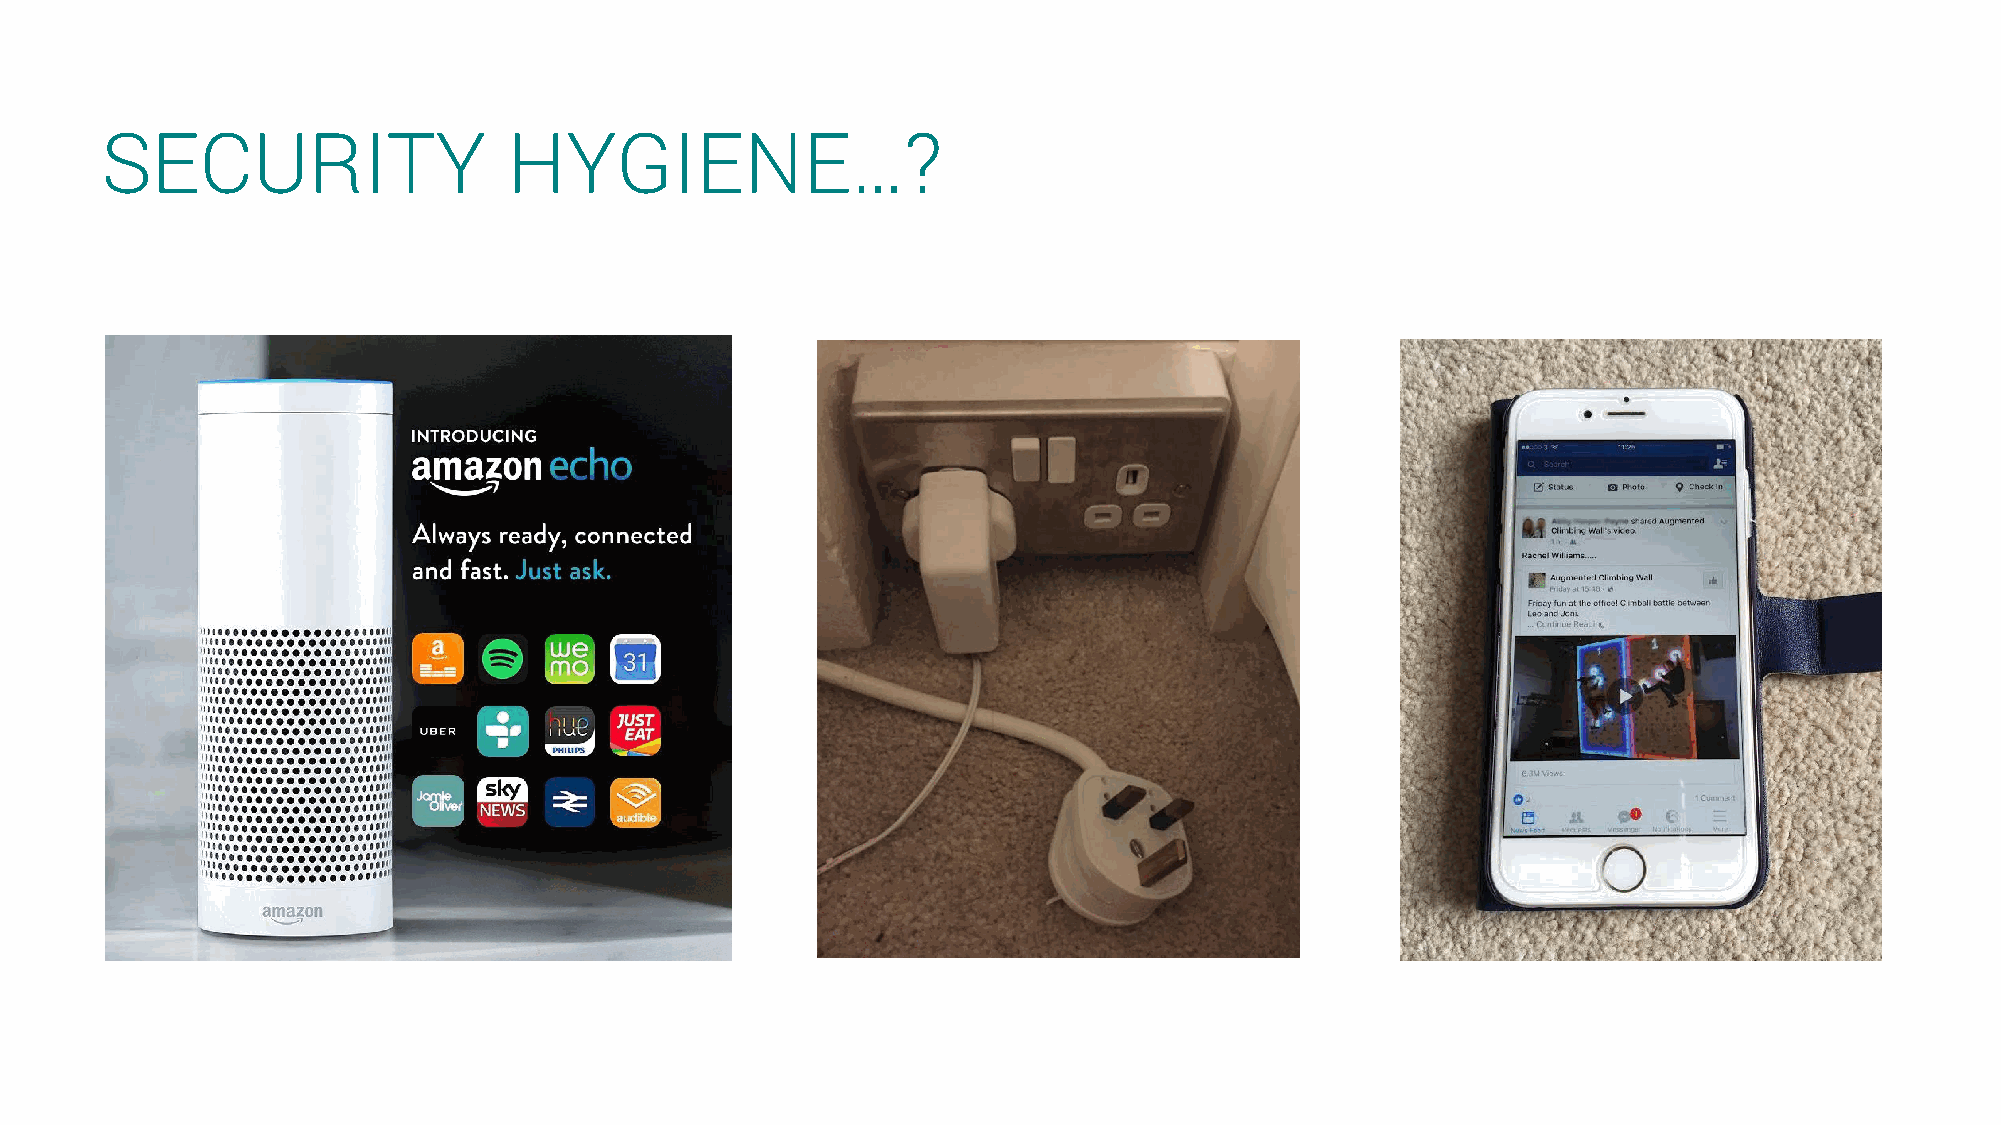
SECURITY                   HYGIENE…?